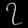
Digit: ၇